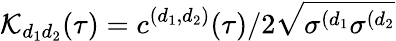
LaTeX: \mathcal{K}_{d_{1}d_{2}}(\tau)=c^{(d_{1},d_{2})}(\tau)/2\sqrt{\sigma^{(d_{1}}\sigma^{(d_{2}}}